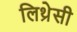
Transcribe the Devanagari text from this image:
लिथ्रेसी